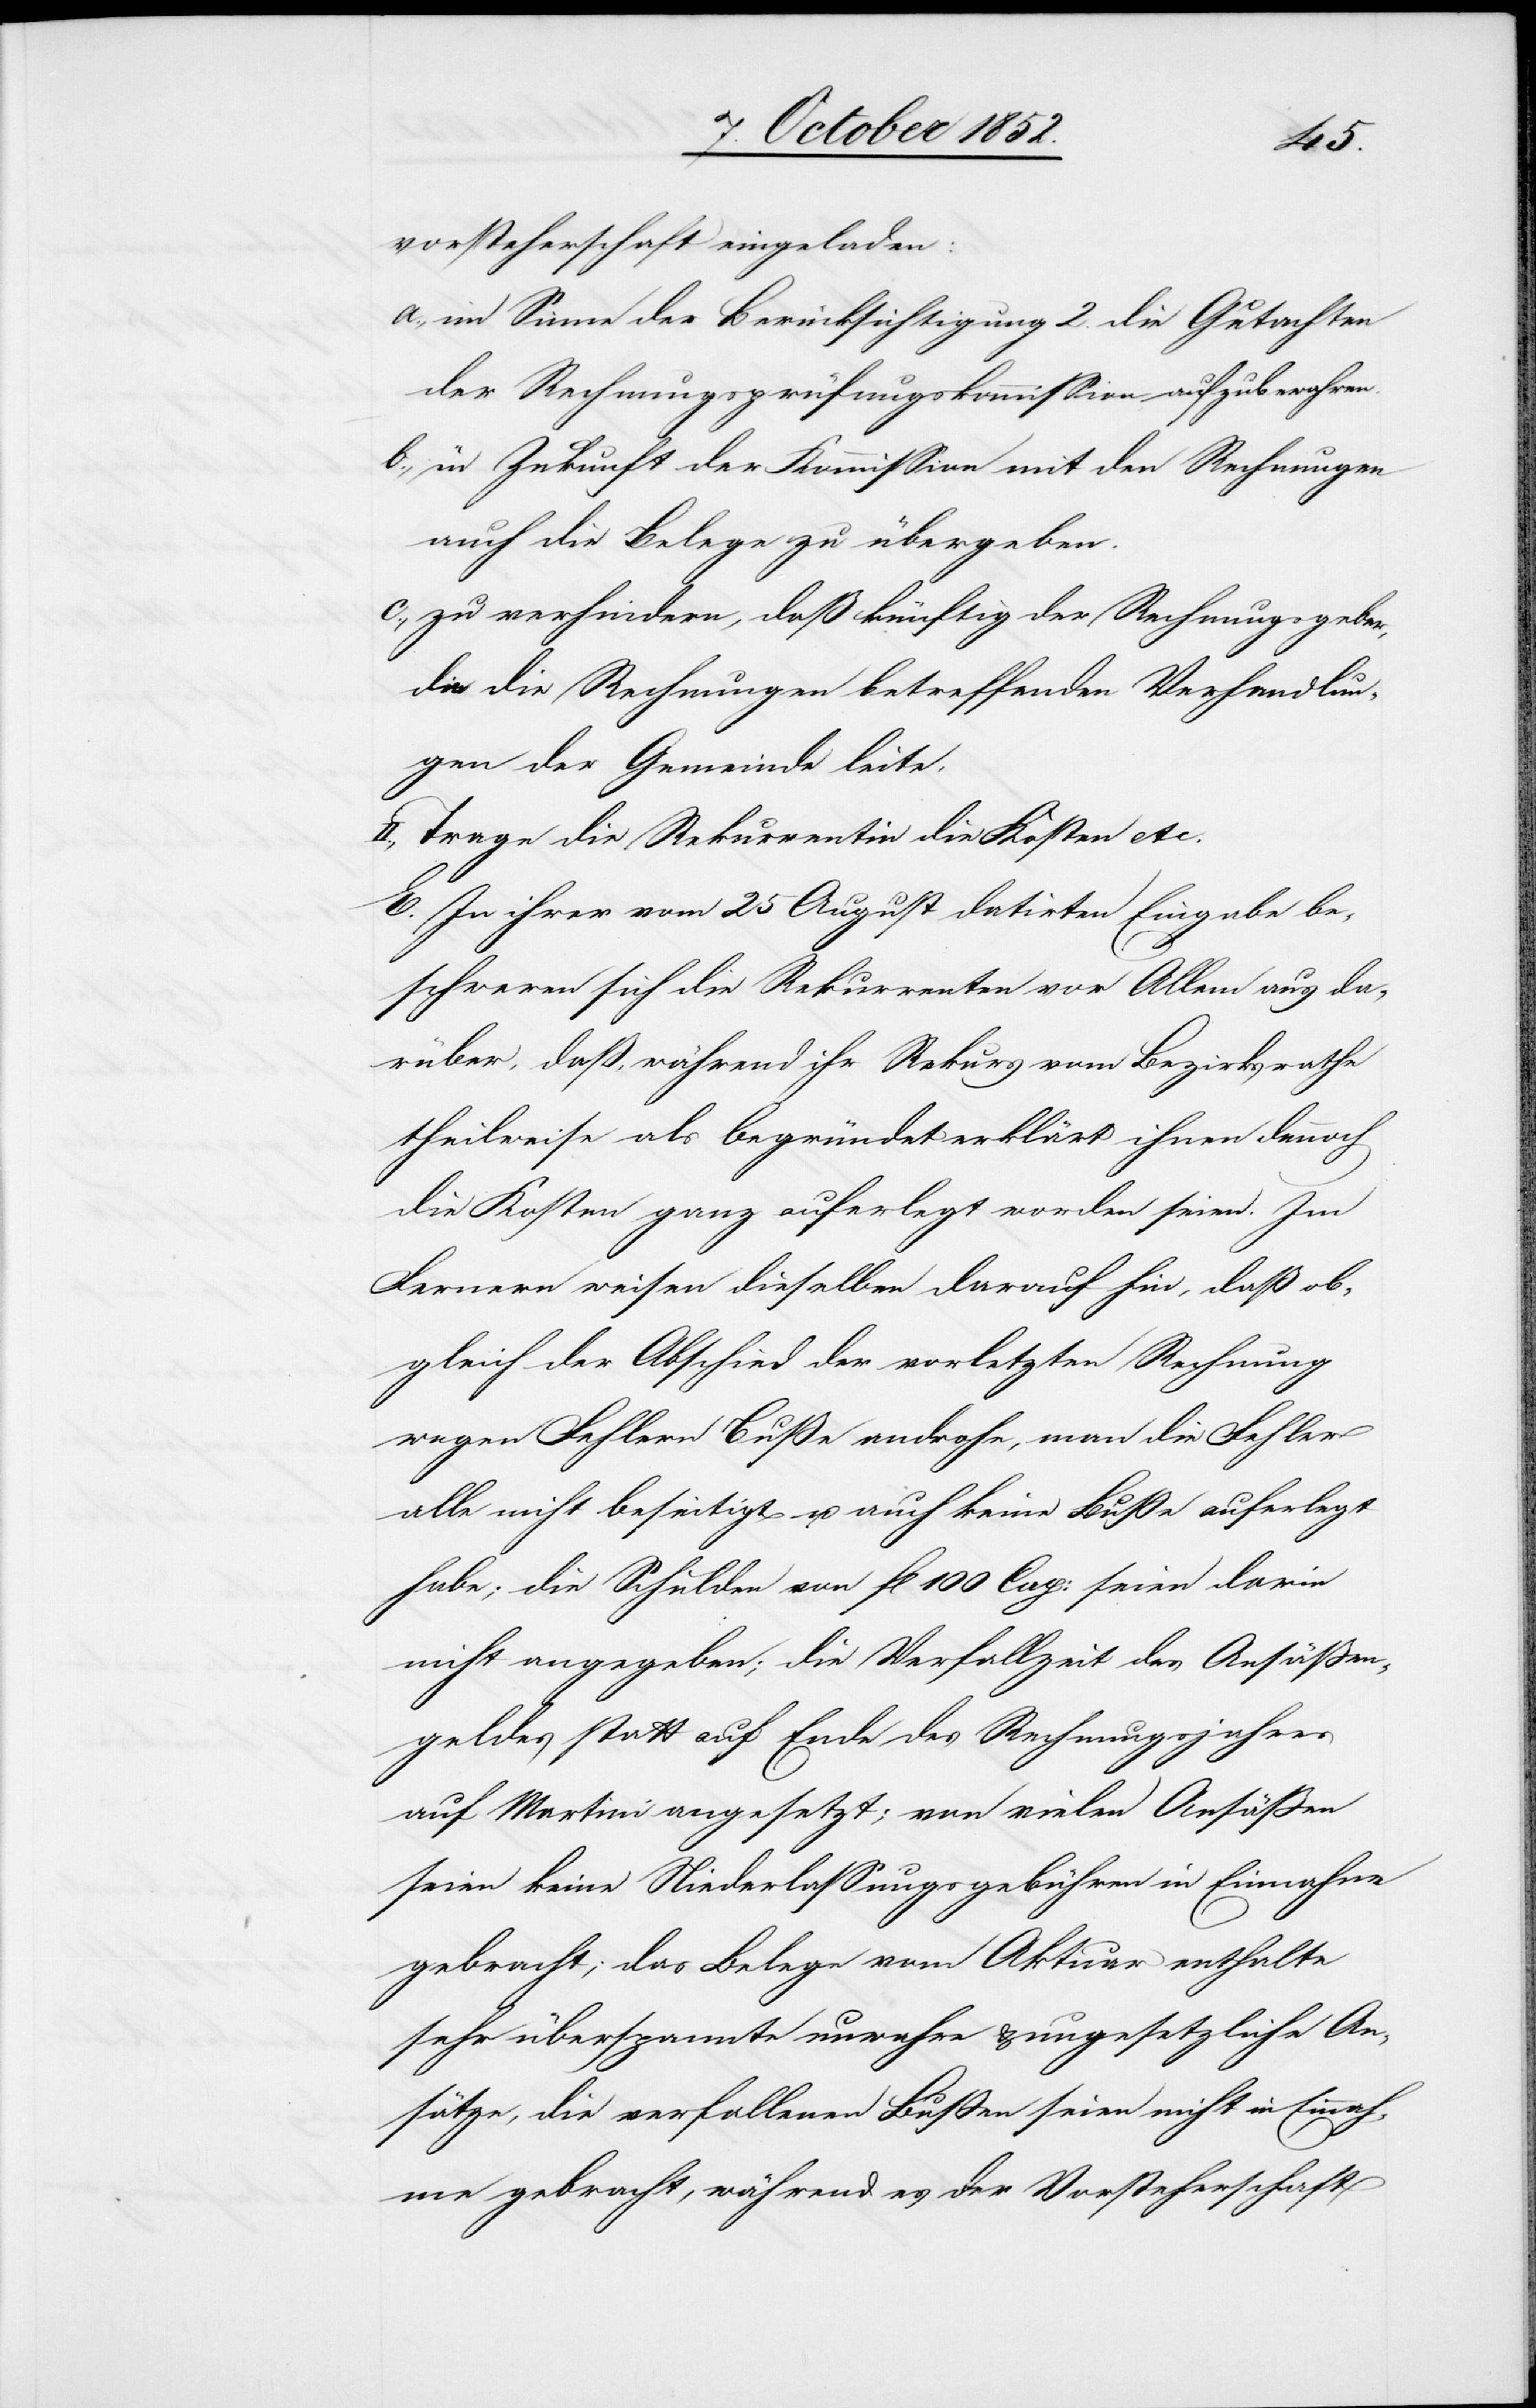
vorsteherschaft eingeladen:
im Sinne der Berücksichtigung 2. die Gutachten
der Rechnungsprüfungskommission aufzubewahren.
in Zukunft der Kommission mit den Rechnungen
auch die Belege zu übergeben.
zu verhindern, daß künftig der Rechnungsgeber,
die die Rechnungen betreffenden Verhandlun¬
gen der Gemeinde leite.
II., Trage die Rekurrentin die Kosten etc.
E. In ihrer vom 25 August datirten Eingabe be¬
schweren sich die Rekurrenten vor Allem aus da¬
rüber, daß, während ihr Rekurs vom Bezirksrathe
theilweise als begründet erklärt ihnen dennoch
die Kosten ganz auferlegt worden seien. Im
Fernern weisen dieselben darauf hin, daß ob¬
gleich der Abschied der vorletzten Rechnung
wegen Fehlern Buße androhe, man die Fehler
alle nicht beseitigt u. auch keine Buße auferlegt
habe; die Schulden von fl 100 Cap: seien darin
nicht angegeben; die Verfallzeit des Ansäßen¬
geldes statt auf Ende des Rechnungsjahres
auf Martini angesetzt; von vielen Ansäßen
seien keine Niederlassungsgebühren in Einnahme
gebracht; das Belege vom Aktuar enthalte
sehr überspannte unwahre & ungesetzliche An¬
sätze, die verfallenen Bußen seien nicht in Einnah¬
me gebracht, während es der Vorsteherschaft